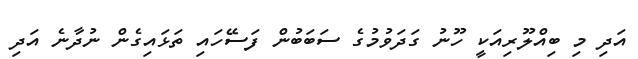
އަދި މި ބިއްލޫރިއަކީ ހޫނު ގަދަވުމުގެ ސަބަބުން ފަސޭހައި ތަޅައިގެން ނުދާނެ އަދި